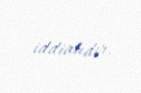
iddialıdır.